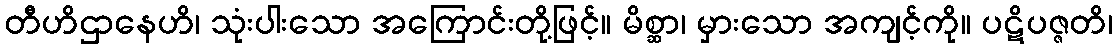
တီဟိဌာနေဟိ၊ သုံးပါးသော အကြောင်းတို့ဖြင့်။ မိစ္ဆာ၊ မှားသော အကျင့်ကို။ ပဋိပဇ္ဇတိ၊